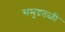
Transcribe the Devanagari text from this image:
समुद्रतळी